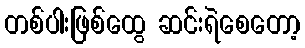
တစ်ပါးဖြစ်ထွေ ဆင်းရဲစေတော့